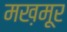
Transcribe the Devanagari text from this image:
मख़मूर